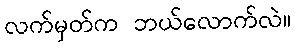
လက်မှတ်က ဘယ်လောက်လဲ။